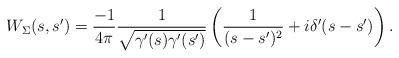
LaTeX: \begin{align*} W_{\Sigma}(s, s') = \frac{-1}{4 \pi} \frac{1}{\sqrt{\gamma'(s) \gamma'(s')}} \left( \frac{1}{(s - s')^2} + i \delta'(s - s') \right).\end{align*}